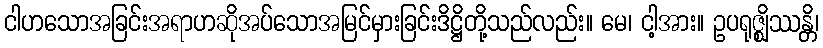
ငါဟသောအခြင်းအရာဟဆိုအပ်သောအမြင်မှားခြင်းဒိဋ္ဌိတို့သည်လည်း။ မေ၊ ငါ့အား။ ဥပရုဇ္ဈိဿန္တိ၊